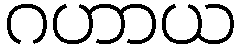
ဂဟာယ